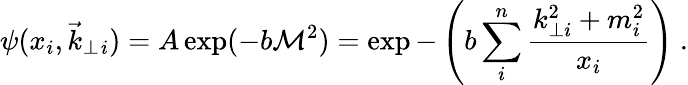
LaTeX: \psi(x_{i},\vec{k}_{\perp}{}_{i})=A\exp(-b{\cal M}^{2})=\exp-\left(b\sum_{i}^{n}{\frac{k_{\perp i}^{2}+m_{i}^{2}}{x_{i}}}\right)\ .